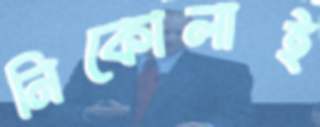
নিকোলাই